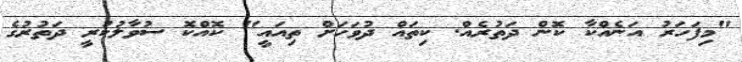
"މިފަހަރު އަނެއްކާ ކޮން ދަތުރެއް. ކިތައް ދުވަހަށް ތިއައީ" ކޮއްކޮ ސުވާލުކުރީ ދަތުރުގެ